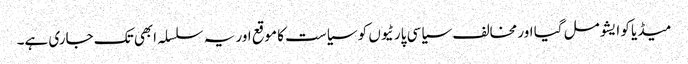
میڈیا کو ایشو مل گیا اور مخالف سیاسی پارٹیوں کو سیاست کا موقع اور یہ سلسلہ ابھی تک جاری ہے۔